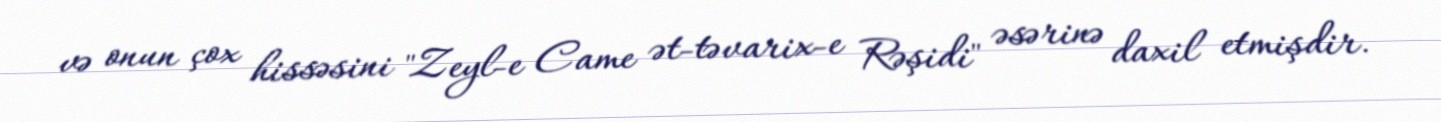
və onun çox hissəsini "Zeyl-e Came ət-təvarix-e Rəşidi" əsərinə daxil etmişdir.